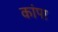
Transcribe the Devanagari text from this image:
कांपा